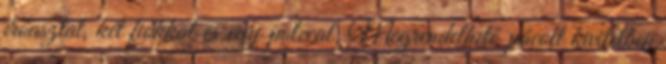
íróasztal, két fiókkal és egy polccal. Megrendelhető pácolt kivitelben